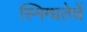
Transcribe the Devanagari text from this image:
स्निग्धतेचें